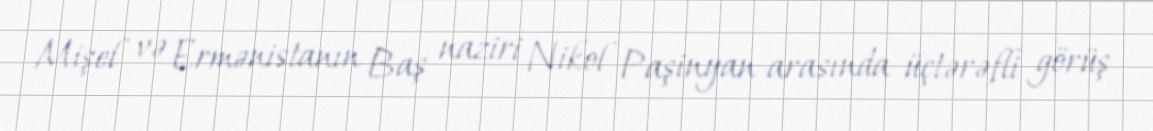
Mişel və Ermənistanın Baş naziri Nikol Paşinyan arasında üçtərəfli görüş